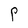
Character: P